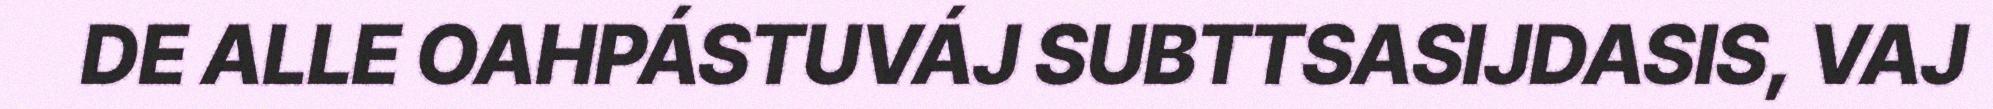
DE ALLE OAHPÁSTUVÁJ SUBTTSASIJDASIS, VAJ